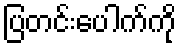
ပြတင်းပေါက်ကို